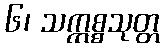
၆၊ သက္ကစ္စသုတ္တ